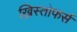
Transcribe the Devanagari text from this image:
ख्रिस्तोफर्स